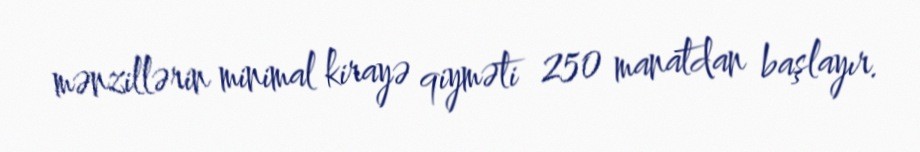
mənzillərin minimal kirayə qiyməti 250 manatdan başlayır.